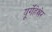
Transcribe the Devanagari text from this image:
यूर्गेंहेश्लेर